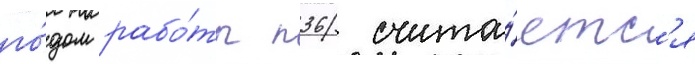
го́дом рабо́ты п36 счита́етс'я